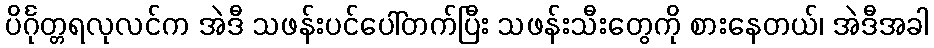
ပိင်္ဂုတ္တရလုလင်က အဲဒီ သဖန်းပင်ပေါ်တက်ပြီး သဖန်းသီးတွေကို စားနေတယ်၊ အဲဒီအခါ